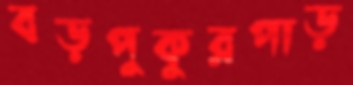
বড়পুকুরপাড়